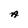
Character: A